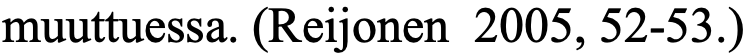
muuttuessa. (Reijonen 2005, 52-53.)